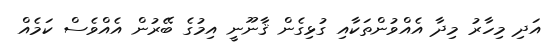
އަދި މިހާރު މިދާ އެއްވުންތަކާއި ގުޅިގެން ޤާނޫނީ އިމުގެ ބޭރުން އެއްވެސް ކަމެއް